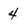
Character: 4